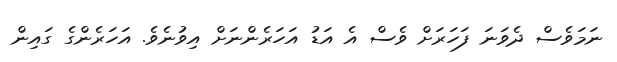
ނަމަވެސް ދެވަނަ ފަހަރަށް ވެސް އެ އަޑު އަހަރެންނަށް އިވުނެވެ. އަހަރެންގެ ގައިން